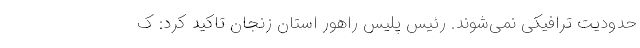
حدودیت ترافیکی نمی‌شوند. رئیس پلیس راهور استان زنجان تاکید کرد: ک